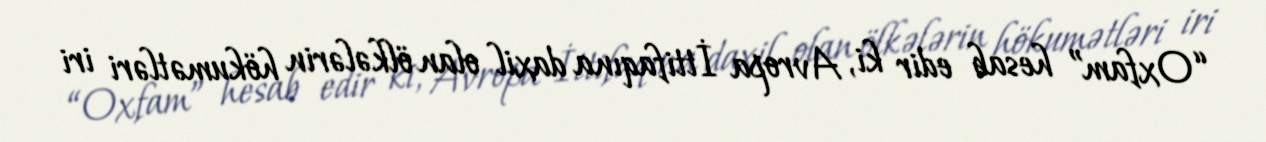
“Oxfam” hesab edir ki, Avropa İttifaqına daxil olan ölkələrin hökumətləri iri